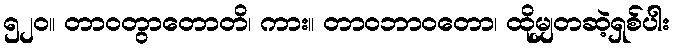
၅၂၀။ တာဝတွာတောတိ၊ ကား။ တာဝဘာဝတော၊ ထိုမျှတဆဲ့ရှစ်ပါး